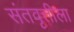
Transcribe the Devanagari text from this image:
संतवृत्तीला